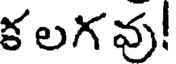
క లగ వు!